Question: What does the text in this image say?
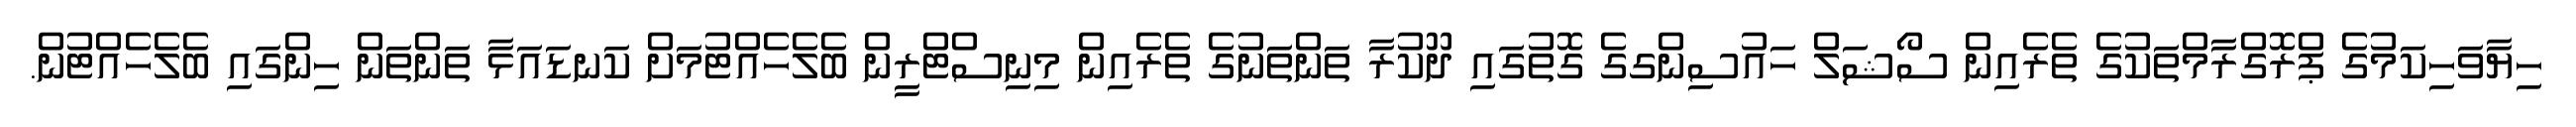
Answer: ހިޔާވަހިކަމުގެ ޕްރޮގްރާމްތަކުގެ ތެރެއިން ސޯޝަލް ހައުސިންގގެ ގޮތުގައި ދޫކުރާ ތަންތަނުގެ ތެރެއިން މިނިސްޓްރީން ބެލެހެއްޓުމަށް ކަނޑައަޅާ ތަންތަން ހިންގައި ބެލެހެއްޓުން.